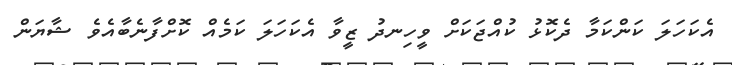
އެކަހަލަ ކަންކަމާ ދެކޮޅު ކުއްޖަކަށް ވީހިނދު ޒީވާ އެކަހަލަ ކަމެއް ކޮށްފާނެބާއެވެ ޝާޔަން